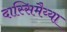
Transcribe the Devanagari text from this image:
दास्सिमैय्या